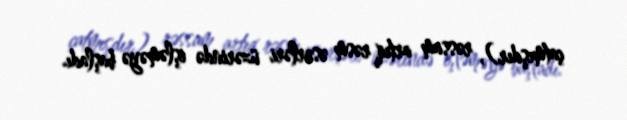
çatmışdır), rəssam artıq rəsm əsərləri üzərində işləməyə başladı.